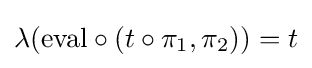
\lambda ({\text{eval}}\circ (t\circ \pi _{1},\pi _{2}))=t